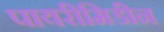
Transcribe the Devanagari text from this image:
पायरीमिडीन